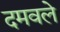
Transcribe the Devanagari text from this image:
दमवले